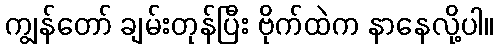
ကျွန်တော် ချမ်းတုန်ပြီး ဗိုက်ထဲက နာနေလို့ပါ။